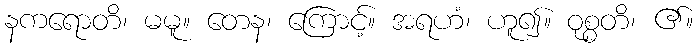
နကရောတိ၊ မမူ။ တေန၊ ကြောင့်။ အရဟံ၊ ဟူ၍။ ဝုစ္စတိ၊ ၏။